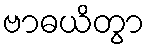
ဗာဓယိတွာ